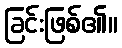
ခြင်းဖြစ်၏။